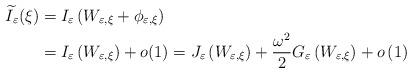
LaTeX: \begin{align*}\widetilde{I}_{\varepsilon}(\xi) & =I_{\varepsilon}\left( W_{\varepsilon,\xi}+\phi_{\varepsilon,\xi}\right) \\& =I_{\varepsilon}\left( W_{\varepsilon,\xi}\right) +o(1)=J_{\varepsilon}\left( W_{\varepsilon,\xi}\right) +\frac{\omega^{2}}{2}G_{\varepsilon}\left( W_{\varepsilon,\xi}\right) +o\left( 1\right) \end{align*}